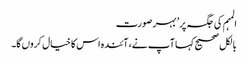
المہم کی جگہ پر’ بہر صورت
بالکل صحیح کہا آپ نے، آئندہ اس کا خیال کروں گا۔